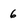
Character: 6